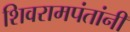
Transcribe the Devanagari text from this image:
शिवरामपंतांनी